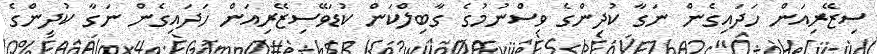
ސިޒޭރިއަން ހަދައިގެން ނަގާ ކުދިންގެ ވިސްނުމުގެ ގާބިލްކަން ކުޑަވޭސިޒޭރިއަން ހަދައިގެން ނަގާ ކުދިންގެ